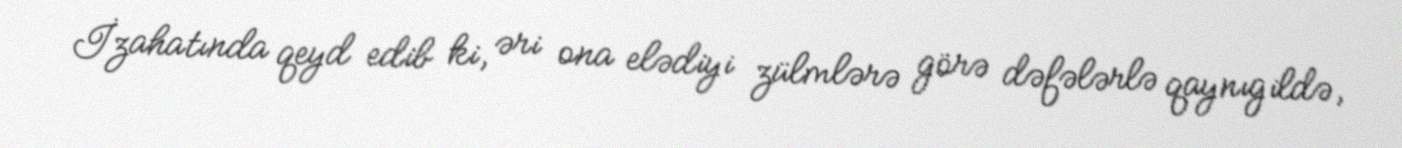
İzahatında qeyd edib ki, əri ona elədiyi zülmlərə görə dəfələrlə qaynıgildə,